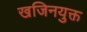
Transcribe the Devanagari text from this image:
खजिनयुक्त